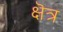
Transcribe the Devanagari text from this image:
क्षॆत्र